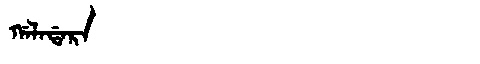
Manchu: ᡤᠠᠯᠠᡩᠠᡵᠠ
Romanization: GALADARA